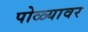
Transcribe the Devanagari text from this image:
पोळ्यावर